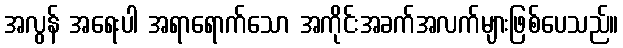
အလွန် အရေးပါ အရာရောက်သော အကိုင်းအခက်အလက်များဖြစ်ပေသည်။